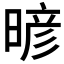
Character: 𰖙